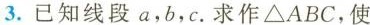
3.已知线段a，b，c.求作△ABC，使